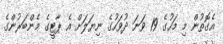
އެގޮތުން މި މަހުގެ 19 ވަނަ ދުވަހުގެ ނިޔަލަށް އެ ޕާޓީގެ މެންބަރުންގެ